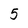
Character: 5